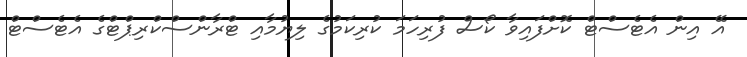
އޭ އިން އެޓެސްޓް ކޮށްފައިވާ ކޯސް ފުރިހަމަ ކުރިކަމުގެ ލިޔުމާއި ޓްރާންސްކްރިޕްޓްގެ އެޓެސްޓް